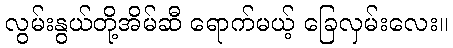
လွမ်းနွယ်တို့အိမ်ဆီ ရောက်မယ့် ခြေလှမ်းလေး။